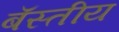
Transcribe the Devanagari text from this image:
बॅस्तीय